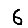
Digit: 6